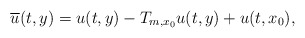
\begin{align*}\overline{u}(t,y)= u(t,y)-T_{m,{x_0}}u(t,y)+u(t,x_0),\end{align*}